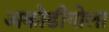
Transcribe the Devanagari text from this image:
अकोढीगोला